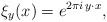
\begin{align*} \xi_y(x) = e^{2 \pi i \, y \cdot x},\end{align*}